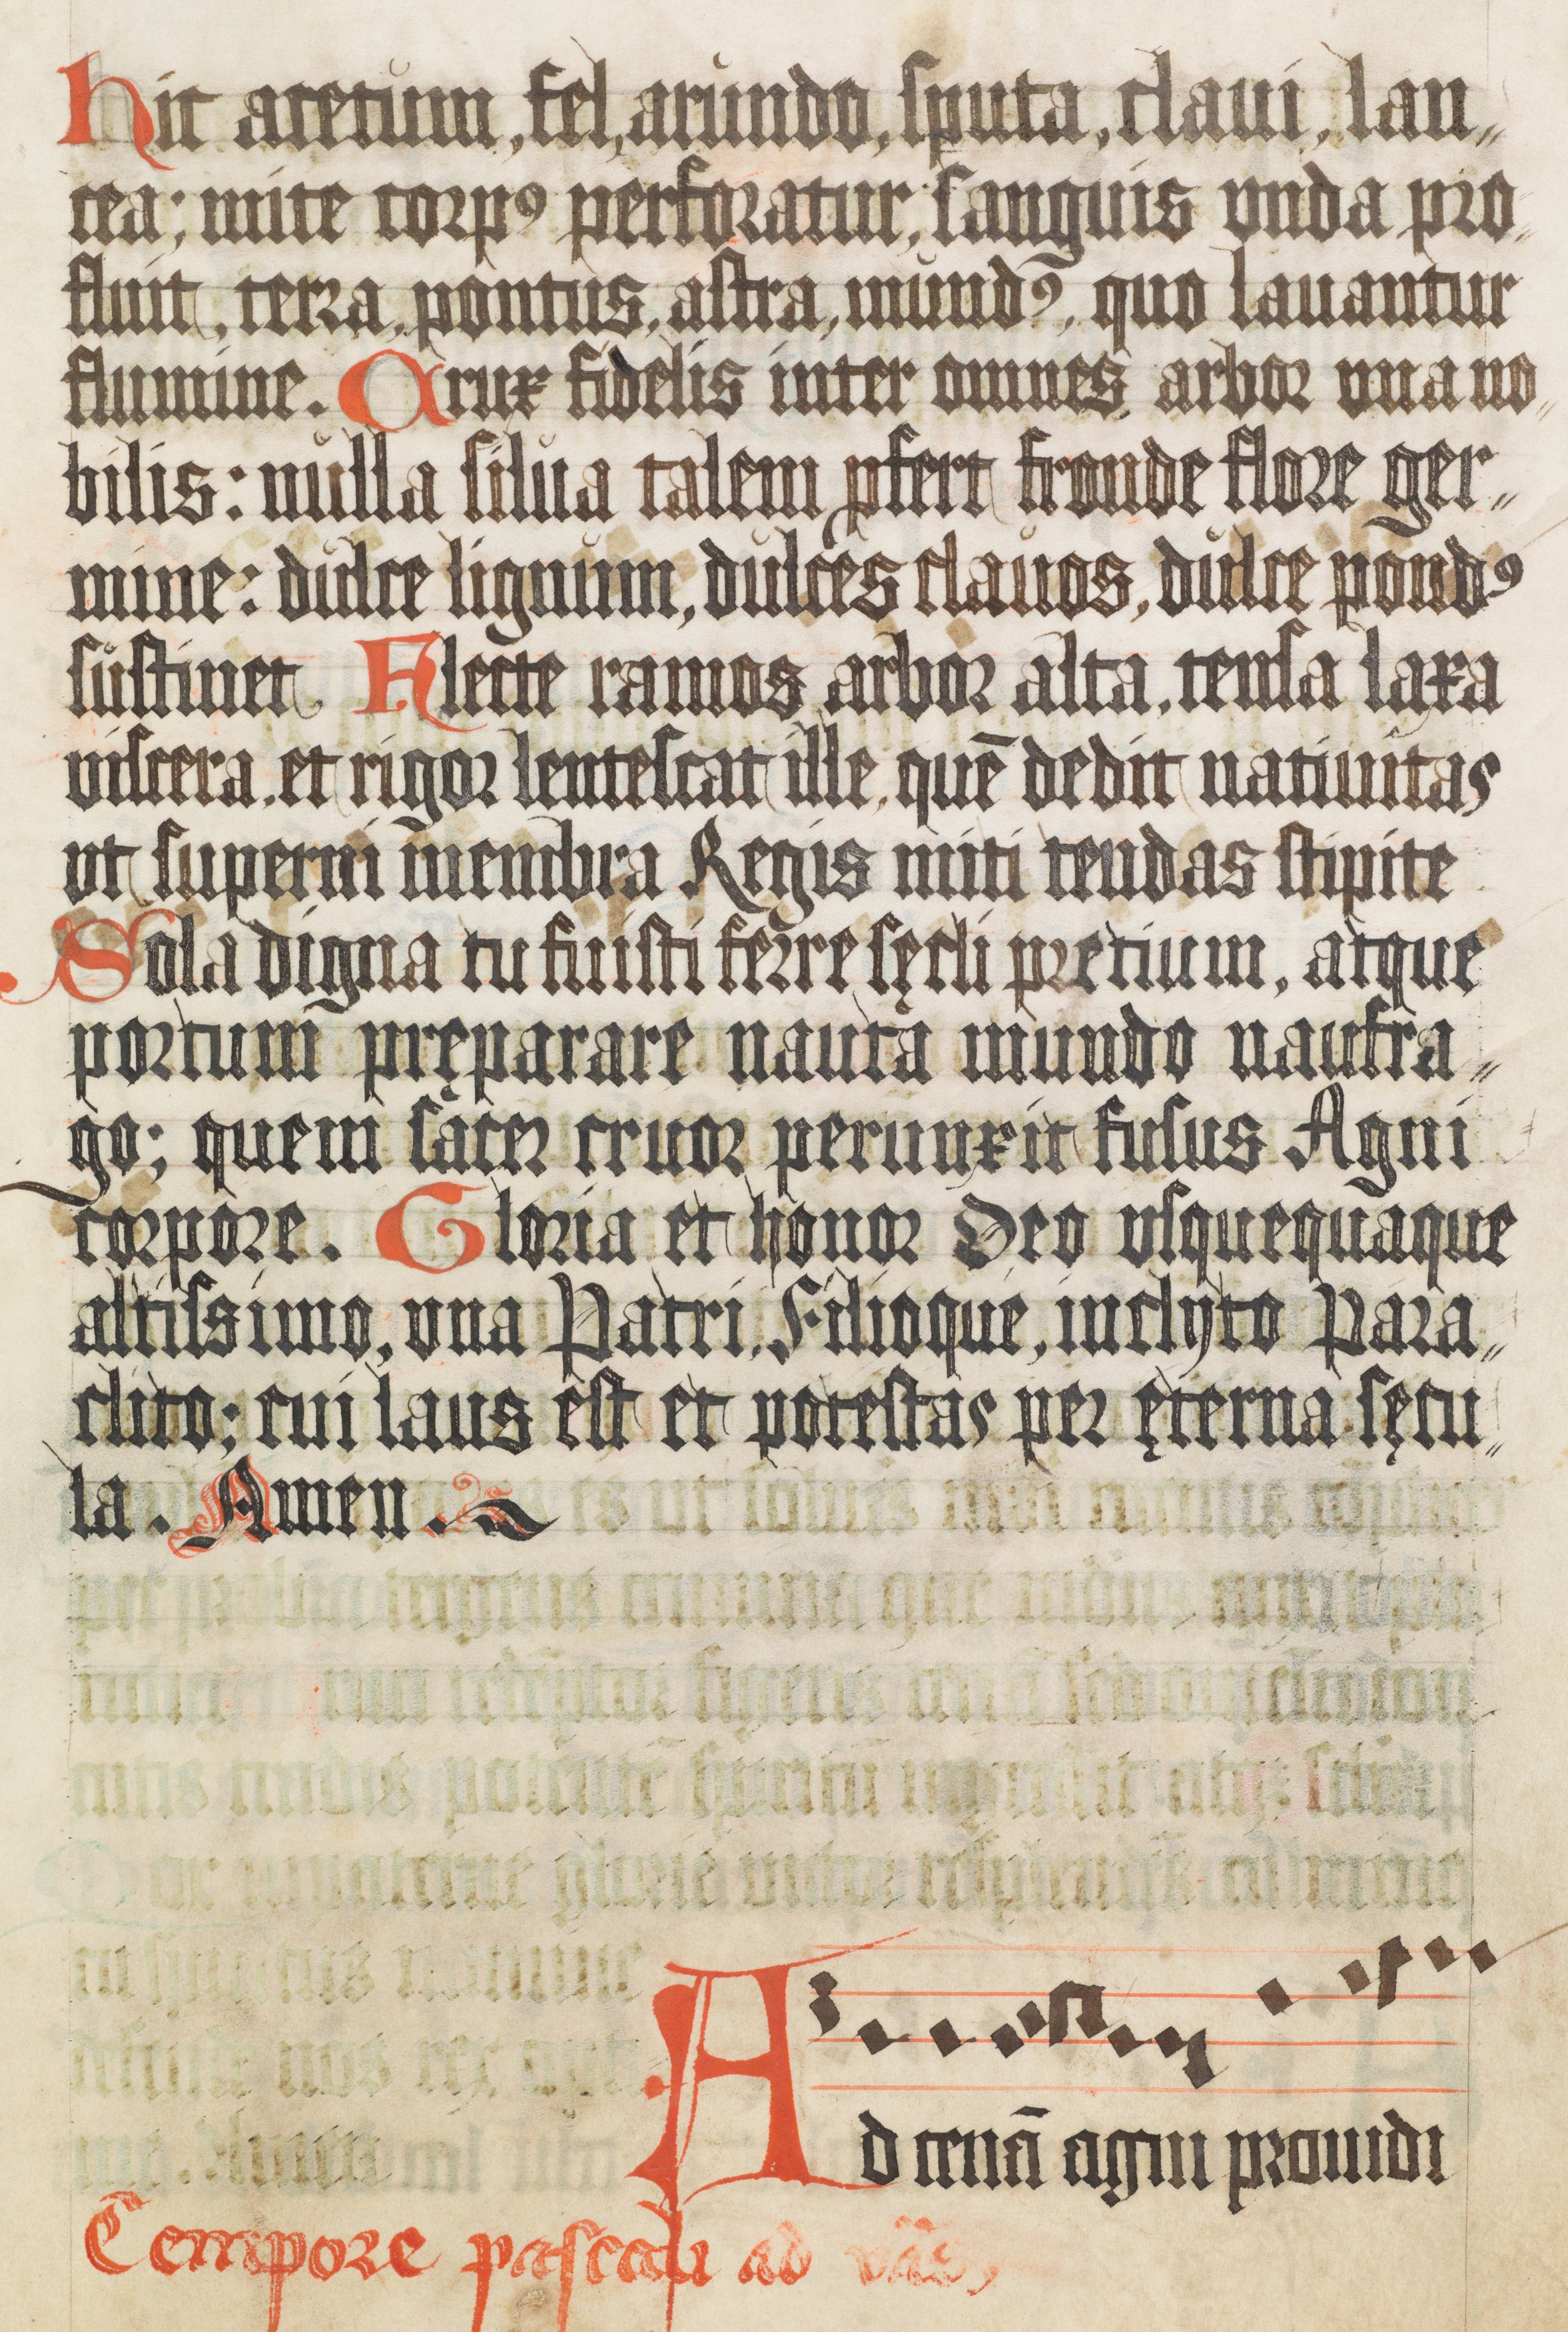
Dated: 1400–1499